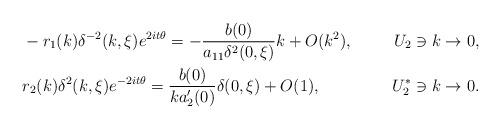
LaTeX: \begin{align*} &-r_1(k)\delta^{-2}(k,\xi)e^{2it\theta}=-\frac{b(0)}{a_{11}\delta^{2}(0,\xi)}k+O(k^2), & U_2\ni k\rightarrow 0, \\ &r_2(k)\delta^{2}(k,\xi)e^{-2it\theta}=\frac{b(0)}{ka_2'(0)}\delta(0,\xi)+O(1), & U^*_2\ni k\rightarrow 0. \end{align*}